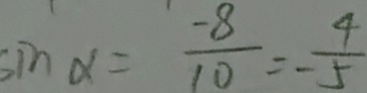
\sin \alpha = \frac { - 8 } { 1 0 } = - \frac { 4 } { 5 }